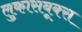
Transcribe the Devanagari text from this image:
लुकासबूक्स